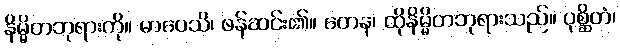
နိမ္မိတဘုရားကို။ မာပေသိ၊ ဖန်ဆင်း၏။ တေန၊ ထိုနိမ္မိတဘုရားသည်။ ပုစ္ဆိတံ၊